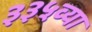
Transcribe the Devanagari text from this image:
३३५व्या